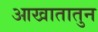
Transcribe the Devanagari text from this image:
आखातातुन